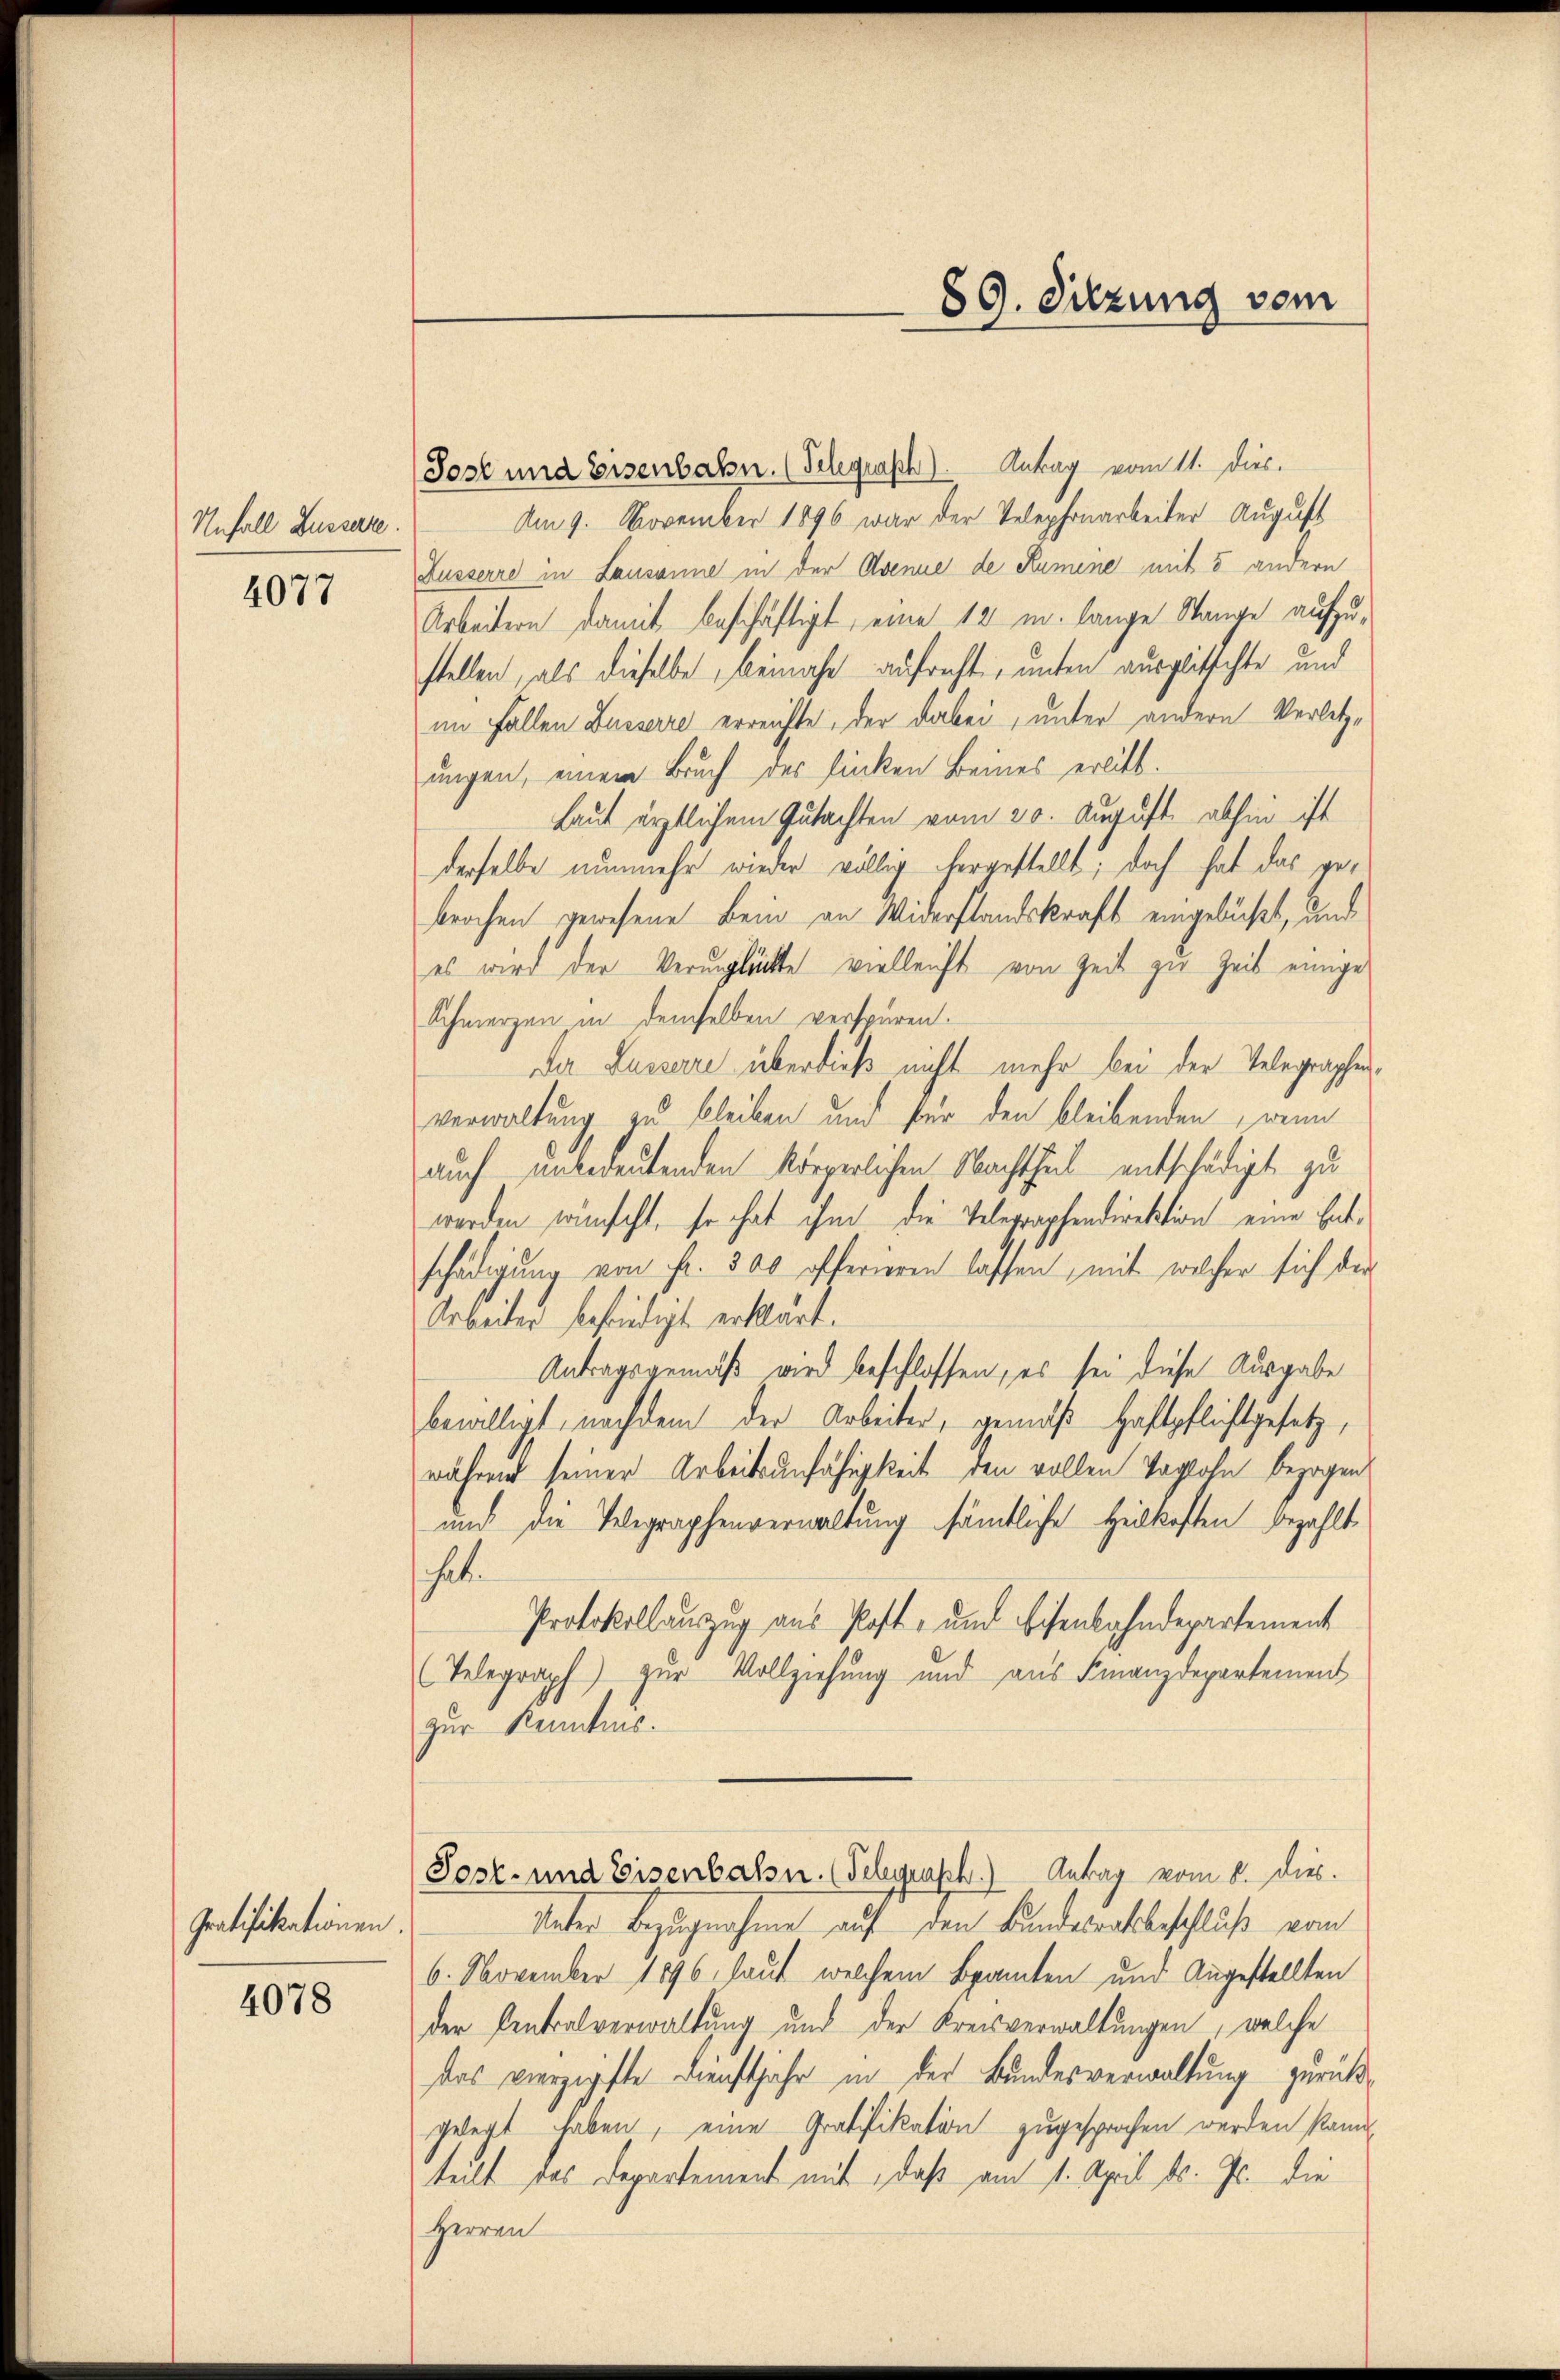
Unfall Bussere.

4077

Gratifikationen.

4078

89. Sitzung vom

Jost und Eisenbahn. (Telegraph). Antrag vom 11. Dies.
Am 9. November 1896 war der Telephonarbeiter August
Äusserre in Lausanne in der Avenue de Remine mit 5 andern
Arbeitern damit beschäftigt, eine 12 m lange Stange aufzustellen, als dieselbe beinahe aufrecht, unten ausglitschte und
im Fallen Busserre erreichte, der dabei, unter andern Verletzungen, einem Bruch des linken Beines erlitt.
Laut ärztlichem Gutachten vom 20. August abhin ist
derselbe nunmehr wieder völlig hergestellt; doch hat das gebrochen gewesene Bein an Widerstandskraft eingebüßt, und
es wird der Verunglückte vielleicht von Zeit zu Zeit einige
Schmerzen in demselben verspüren.
Der Lussere überdieß nicht mehr bei der Telegraphenverwaltung zu bleiben und für den bleibenden, wenn
auch unbedeutenden körperlichen Nachtheil entschädigt, zu
werden wünscht, so hat ihm die Telegraphendirektion eine Entschädigung von fr. 500 offerieren lassen, mit welcher sich der
Arbeiter befriedigt erklärt.
Antragsgemäß wird beschlossen, es sei diese Ausgabe
bewilligt, nachdem der Arbeiter, gemäß Haftpflichtgesetz,
während seiner Arbeitsunfähigkeit den vollen Taglohn bezogen
und die Telegraphenverwaltung sämtliche Heilkosten bezahlte
hat.
Protokollauszug aus Post- und Eisenbahndepartement
(Telegraph) zur Vollziehung und aus Finanzdepartement
zur Kenntnis.
Post- und Eisenbalsn. (Telegrasch.) Antrag vom 8. dies
Unter Bezugnahme auf den Bundesratsbeschluß vom
6. November 1896 laut welchem Spanten und Angestellten
der Centralverwaltung und der Kreisverwaltungen, welche
das vierzigfte Dienstjahr in der Bundesverwaltung zurückgelegt haben, eine Gratifikation zugesprochen werden kann,
teilt das Departement mit, daß am 1. April d. Js. die
Herren